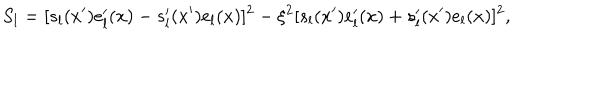
S _ { l } = [ s _ { l } ( x ^ { \prime } ) e _ { l } ^ { \prime } ( x ) - s _ { l } ^ { \prime } ( x ^ { \prime } ) e _ { l } ( x ) ] ^ { 2 } - \xi ^ { 2 } [ s _ { l } ( x ^ { \prime } ) e _ { l } ^ { \prime } ( x ) + s _ { l } ^ { \prime } ( x ^ { \prime } ) e _ { l } ( x ) ] ^ { 2 } ,